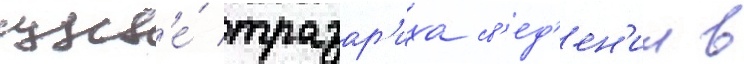
судьб'е́ тразар'иха св'ед'ен'ии в